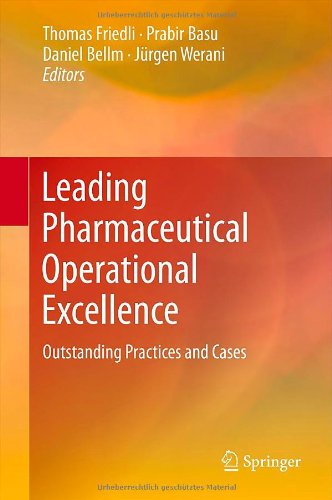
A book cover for Leading Pharmaceutical Operational Excellence: Outstanding Practices and Cases; Business & Money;